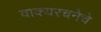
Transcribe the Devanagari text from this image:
वाक्यरचनेचे